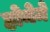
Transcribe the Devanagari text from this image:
होनेमे